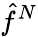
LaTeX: \hat{f}^{N}